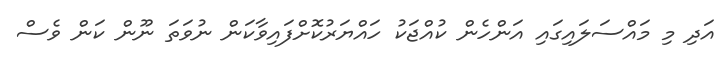
އަދި މި މައްސަލައިގައި އަންހެން ކުއްޖަކު ހައްޔަރުކޮށްފައިވާކަން ނުވަތަ ނޫން ކަން ވެސް